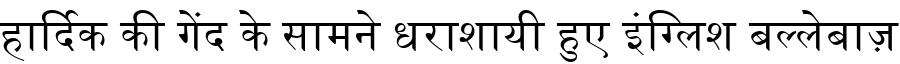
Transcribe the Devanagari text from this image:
हार्दिक की गेंद के सामने धराशायी हुए इंग्लिश बल्लेबाज़